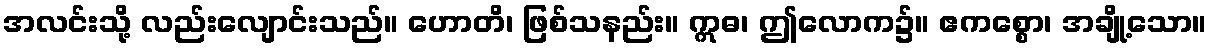
အလင်းသို့ လည်းလျောင်းသည်။ ဟောတိ၊ ဖြစ်သနည်း။ ဣဓ၊ ဤလောက၌။ ဧကစ္စော၊ အချို့သော။